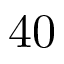
4 0